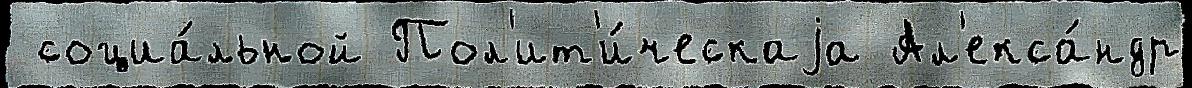
 социа́льной Пол'ит'и́ческаjа Ал'екса́ндр